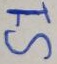
Text: S1